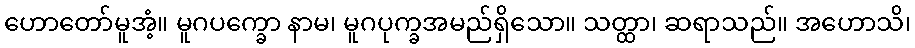
ဟောတော်မူအံ့။ မူဂပက္ခော နာမ၊ မူဂပုက္ခအမည်ရှိသော။ သတ္ထာ၊ ဆရာသည်။ အဟောသိ၊